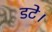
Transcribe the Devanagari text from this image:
डटे।